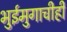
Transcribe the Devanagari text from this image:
भुईमुगाचीही